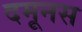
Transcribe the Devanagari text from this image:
दमूनस